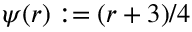
\psi ( r ) : = ( r + 3 ) / 4